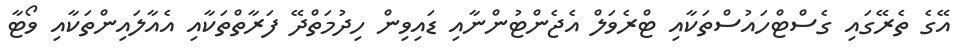
އޭގެ ތެރޭގައި ގެސްޓްހައުސްތަކާއި ޓްރެވަލް އެޖެންޓުންނާއި ޑައިވިން ހިދުމަތްދޭ ފަރާތްތަކާއި އެއާލައިންތަކާއި ވޯޓާ